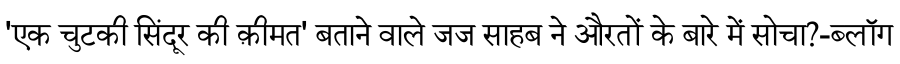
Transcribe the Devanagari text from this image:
'एक चुटकी सिंदूर की क़ीमत' बताने वाले जज साहब ने औरतों के बारे में सोचा?-ब्लॉग